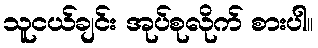
သူငယ်ချင်း အုပ်စုလိုက် စားပါ။